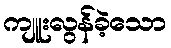
ကျူးလွန်ခဲ့သော